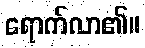
ရောက်လာ၏။